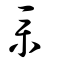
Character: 菐